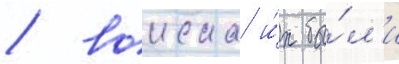
/ воиска и́х бы́л'и